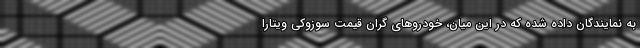
به نمایندگان داده شده که در این میان، خودروهای گران قیمت سوزوکی ویتارا